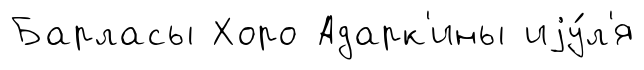
Барласы Хоро Адарк'ины иjу́л'я